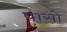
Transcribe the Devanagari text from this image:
पासो